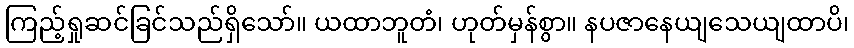
ကြည့်ရှုဆင်ခြင်သည်ရှိသော်။ ယထာဘူတံ၊ ဟုတ်မှန်စွာ။ နပဇာနေယျသေယျထာပိ၊